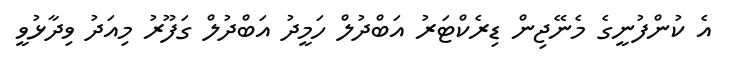
އެ ކުންފުނީގެ މެނޭޖިން ޑިރެކްޓަރު އަބްދުލް ހަމީދު އަބްދުލް ގަފޫރު މިއަދު ވިދާޅުވީ